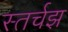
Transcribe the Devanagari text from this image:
स्तर्चझ